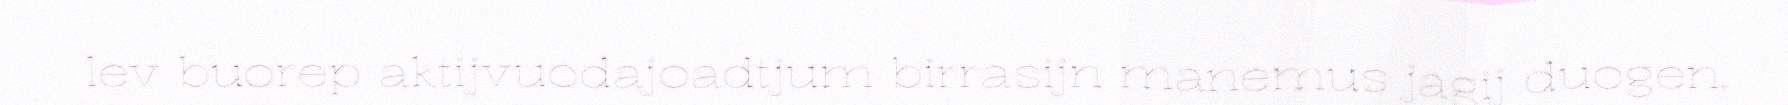
lev buorep aktijvuodajoadtjum birrasijn manemus jagij duogen.